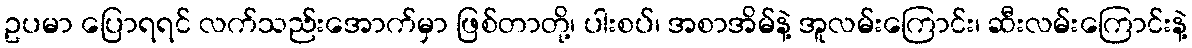
ဥပမာ ပြောရရင် လက်သည်းအောက်မှာ ဖြစ်တာတို့၊ ပါးစပ်၊ အစာအိမ်နဲ့ အူလမ်းကြောင်း၊ ဆီးလမ်းကြောင်းနဲ့